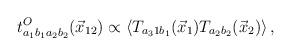
LaTeX: \begin{align*}t^O_{a_1 b_1 a_2 b_2}(\vec{x}_{12}) \propto \langle T_{a_3 1 b_1}({\vec x}_1) T_{a_2 b_2}({\vec x}_2) \rangle \, ,\end{align*}